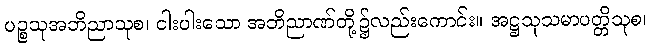
ပဉ္စသုအဘိညာသုစ၊ ငါးပါးသော အဘိညာဏ်တို့၌လည်းကောင်း။ အဋ္ဌသုသမာပတ္တိသုစ၊